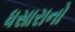
ધસારાનો